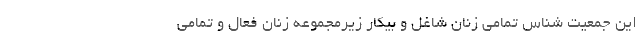
این جمعیت شناس تمامی زنان شاغل و بیکار زیرمجموعه زنان فعال و تمامی